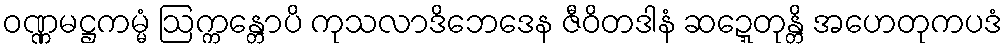
ဝဏ္ဏမဋ္ဌကမ္မံ ဩက္ကန္တောပိ ကုသလာဒိဘေဒေန ဇီဝိတဒါနံ ဆဍ္ဍေတုန္တိ အဟေတုကပဒံ